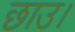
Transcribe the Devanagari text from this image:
छाउ।